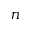
n